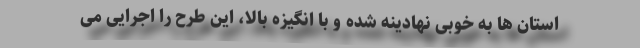
استان ها به خوبی نهادینه شده و با انگیزه بالا، این طرح را اجرایی می